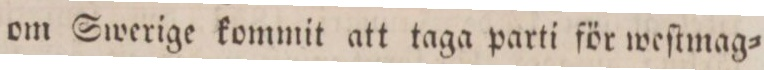
om Swerige kommit att taga parti för weſtmag=